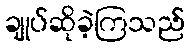
ချုပ်ဆိုခဲ့ကြသည်